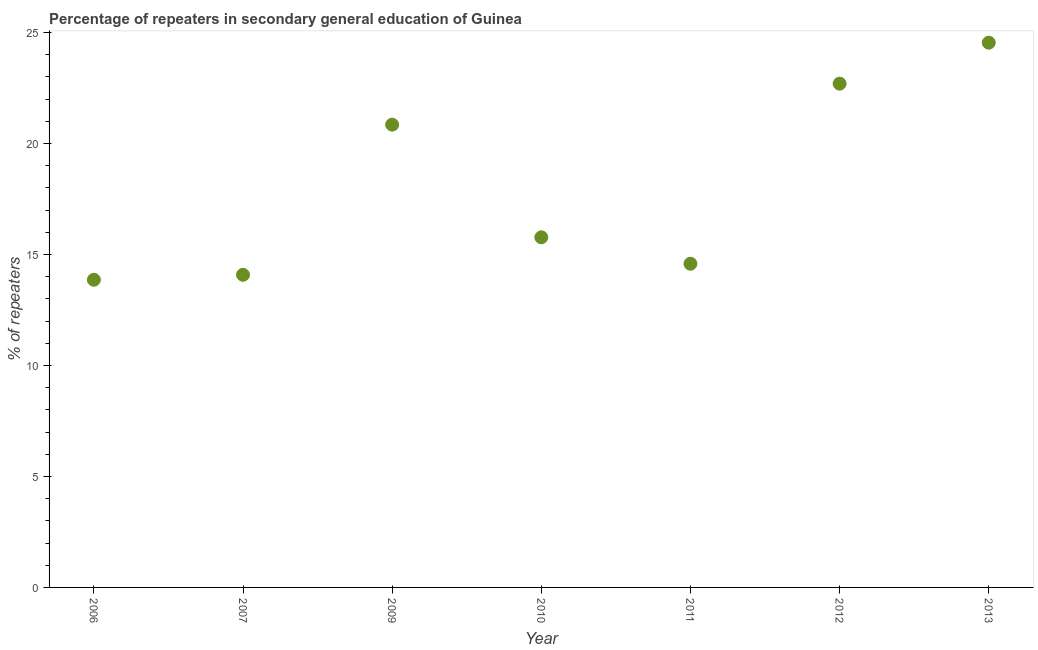
| Year | Percentage of repeaters |
 | --- | --- |
 | 2006 | 13.9 |
 | 2007 | 14.1 |
 | 2009 | 20.9 |
 | 2010 | 15.8 |
 | 2011 | 14.6 |
 | 2012 | 22.7 |
 | 2013 | 24.5 |